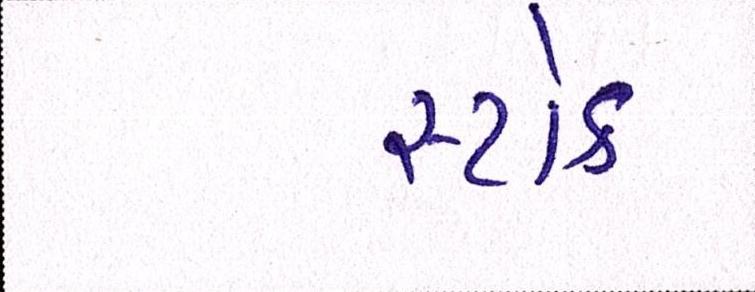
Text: સ્ટોક